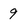
Character: 9